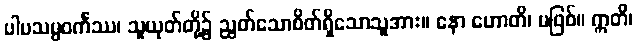
ပါပသမ္ပဝင်္ကဿ၊ သူယုတ်တို့၌ ညွတ်သောစိတ်ရှိသောသူအား။ နော ဟောတိ၊ မဖြစ်။ ဣတိ၊